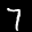
Label: 7